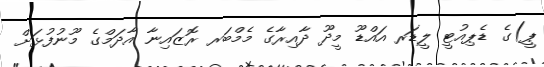
ޕީ)ގެ ޑެޕިއުޓީ ލީޑަރ އައްޑޫ މީދޫ ދާއިރާގެ މެމްބަރ ރޮޒައިނާ އާދަމްގެ މޫނުފުޅަށް